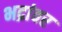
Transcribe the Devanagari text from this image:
भद्रांवर